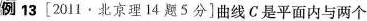
例13[2011·北京理14题5分]曲线C是平面内与两个